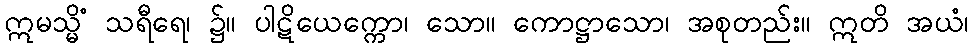
ဣမသ္မိံ သရီရေ၊ ၌။ ပါဋိယေက္ကော၊ သော။ ကောဋ္ဌာသော၊ အစုတည်း။ ဣတိ အယံ၊